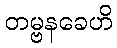
တမ္ဗနခေဟိ